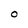
Character: 0